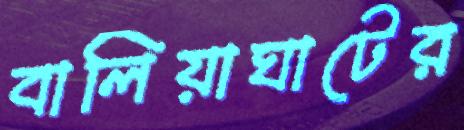
বালিয়াঘাটের